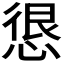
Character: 𭝮